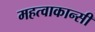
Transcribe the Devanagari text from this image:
महत्वाकान्सी